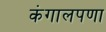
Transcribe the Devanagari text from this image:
कंगालपणा